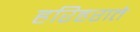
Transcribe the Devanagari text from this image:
हरिहराते